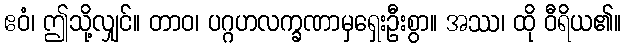
ဧဝံ၊ ဤသို့လျှင်။ တာဝ၊ ပဂ္ဂဟလက္ခဏာမှရှေးဦးစွာ။ အဿ၊ ထို ဝီရိယ၏။